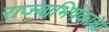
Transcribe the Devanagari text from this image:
राज्याभिषेकाचा